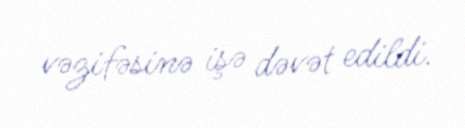
vəzifəsinə işə dəvət edildi.